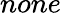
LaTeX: none